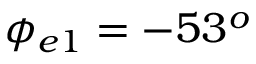
\phi _ { e 1 } = - 5 3 ^ { o }